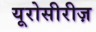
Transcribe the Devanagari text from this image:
यूरोसीरीज़